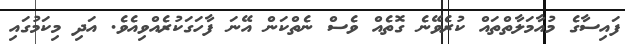
ފައިސާގެ މުއާމަލާތްތައް ކުރެވޭނެ ގޮތެއް ވެސް ނެތްކަން އޭނަ ފާހަގަކުރެއްވިއެވެ. އަދި މިކަމުގައި